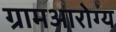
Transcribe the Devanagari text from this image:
ग्रामआरोग्य